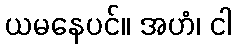
ယမနေပင်။ အဟံ၊ ငါ